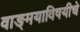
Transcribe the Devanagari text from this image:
वाङ्‌मयाविषयीचे